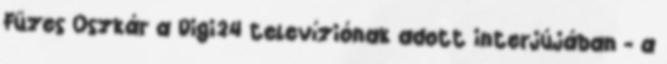
Füzes Oszkár a Digi24 televíziónak adott interjújában - a